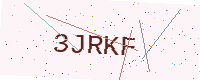
Text: 3JRKF